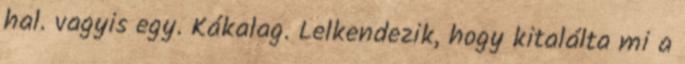
hal. vagyis egy. Kákalag. Lelkendezik, hogy kitalálta mi a